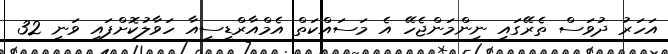
އަހަރު ދުވަސް ތެރޭގައި ނިންމަންޖެހޭ އެ މަސައްކަތް އެމްއާރްޑީސީއާ ހަވާލުކޮށްފައި ވަނީ 32